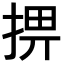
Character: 𢮧